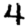
Digit: 4